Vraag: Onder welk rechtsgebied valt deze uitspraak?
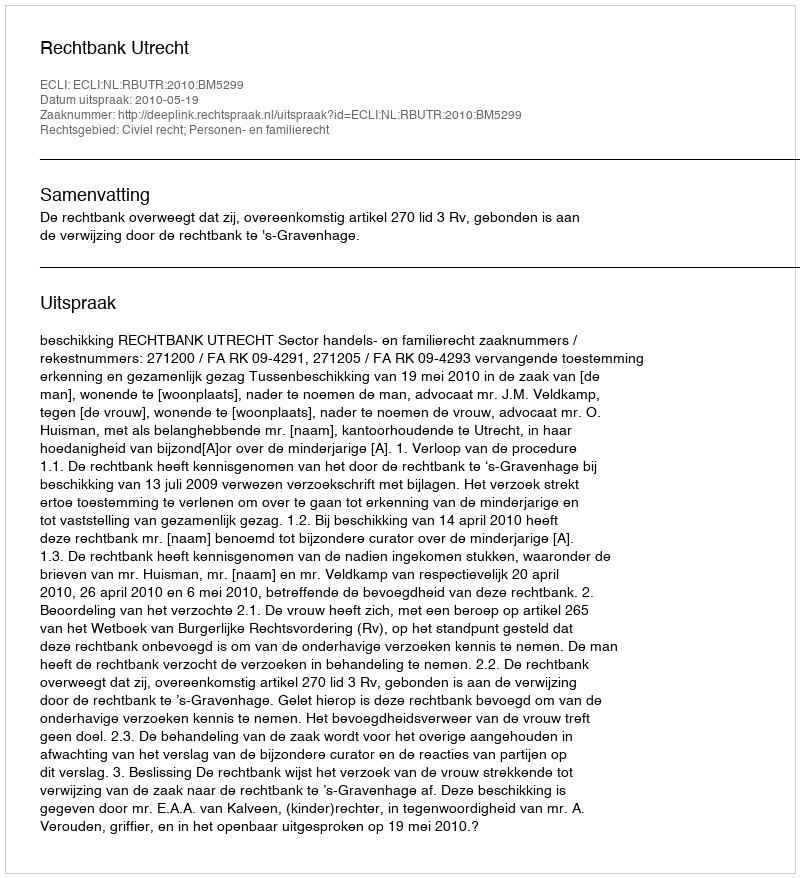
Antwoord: Civiel recht; Personen- en familierecht